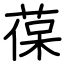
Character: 葆